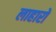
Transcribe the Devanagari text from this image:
लाहारों